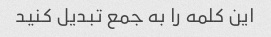
این کلمه را به جمع تبدیل کنید